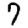
Digit: 7